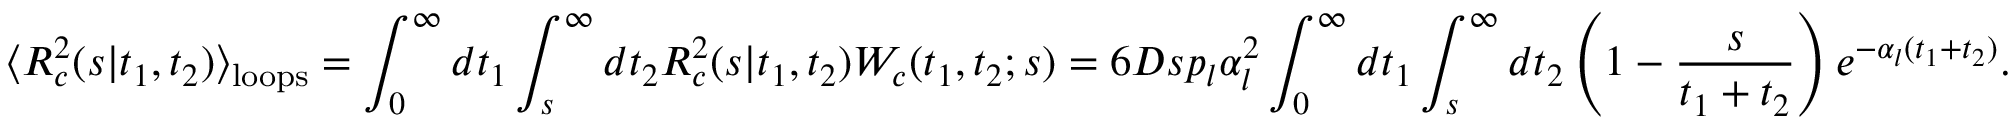
\langle { \cal R } _ { c } ^ { 2 } ( s | t _ { 1 } , t _ { 2 } ) \rangle _ { \mathrm { l o o p s } } = \int _ { 0 } ^ { \infty } d t _ { 1 } \int _ { s } ^ { \infty } d t _ { 2 } { \cal R } _ { c } ^ { 2 } ( s | t _ { 1 } , t _ { 2 } ) { \cal W } _ { c } ( t _ { 1 } , t _ { 2 } ; s ) = 6 D s p _ { l } \alpha _ { l } ^ { 2 } \int _ { 0 } ^ { \infty } d t _ { 1 } \int _ { s } ^ { \infty } d t _ { 2 } \left( 1 - \frac { s } { t _ { 1 } + t _ { 2 } } \right) e ^ { - \alpha _ { l } ( t _ { 1 } + t _ { 2 } ) } .